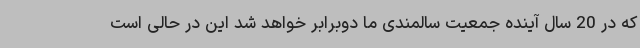
که در 20 سال آینده جمعیت سالمندی ما دوبرابر خواهد شد این در حالی است